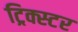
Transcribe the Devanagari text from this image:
ट्रिक्स्टर